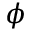
\phi